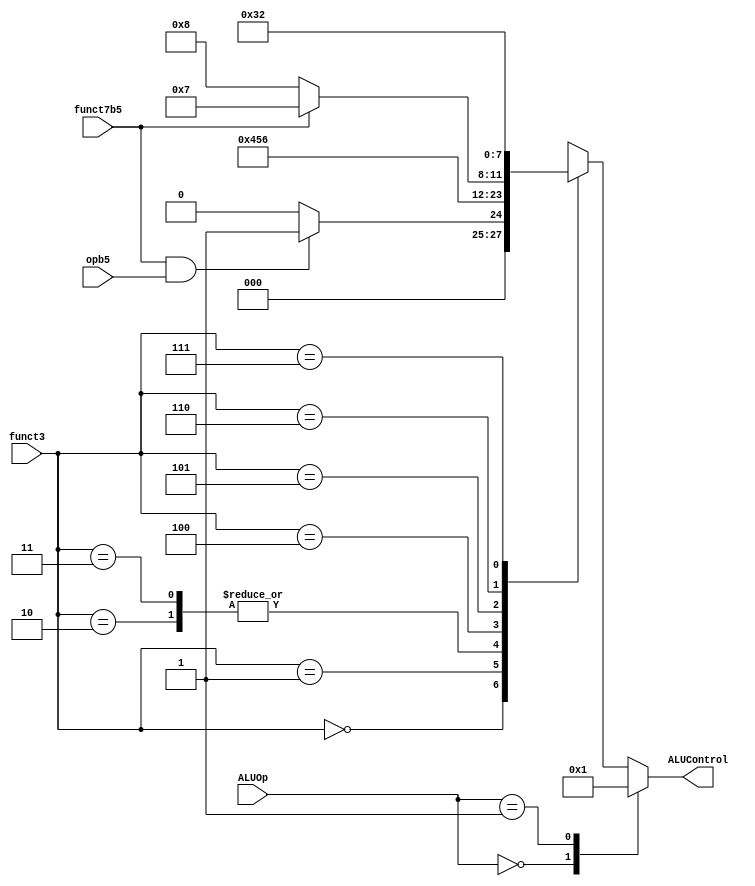

// alu_decoder.v - logic for ALU decoder

module alu_decoder (
    input            opb5,
    input [2:0]      funct3,
    input            funct7b5,
    input [1:0]      ALUOp,
    output reg [3:0] ALUControl
);

always @(*) begin
    case (ALUOp)
        2'b00: ALUControl = 4'b0000;             // addition
        2'b01: ALUControl = 4'b0001;             // subtraction
        default:
            case (funct3) // R-type or I-type ALU
                3'b000: begin
                    // True for R-type subtract
                    if   (funct7b5 & opb5) ALUControl = 4'b0001; //sub
                    else ALUControl = 4'b0000; // add, addi
                end
                3'b001:  ALUControl = 4'b0100; //sll, slli
                3'b010:  ALUControl = 4'b0101; // slt, slti
                3'b011:  ALUControl = 4'b0101; // sltu, sltiu (doubtful)
                3'b100:  ALUControl = 4'b0110; // xor, xori
                3'b101: begin
                    if (funct7b5) ALUControl = 4'b0111; // srl, srli
                    else ALUControl = 4'b1000;          // sra, srai
                end
                3'b110:  ALUControl = 4'b0011; // or, ori
                3'b111:  ALUControl = 4'b0010; // and, andi
                default: ALUControl = 4'bxxxx; // ???
            endcase
    endcase
end

endmodule